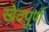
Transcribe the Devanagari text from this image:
खेदपूर्ण